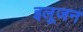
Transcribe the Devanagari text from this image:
इलूजन